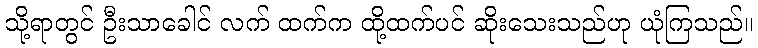
သို့ရာတွင် ဦးသာခေါင် လက် ထက်က ထို့ထက်ပင် ဆိုးသေးသည်ဟု ယုံကြသည်။